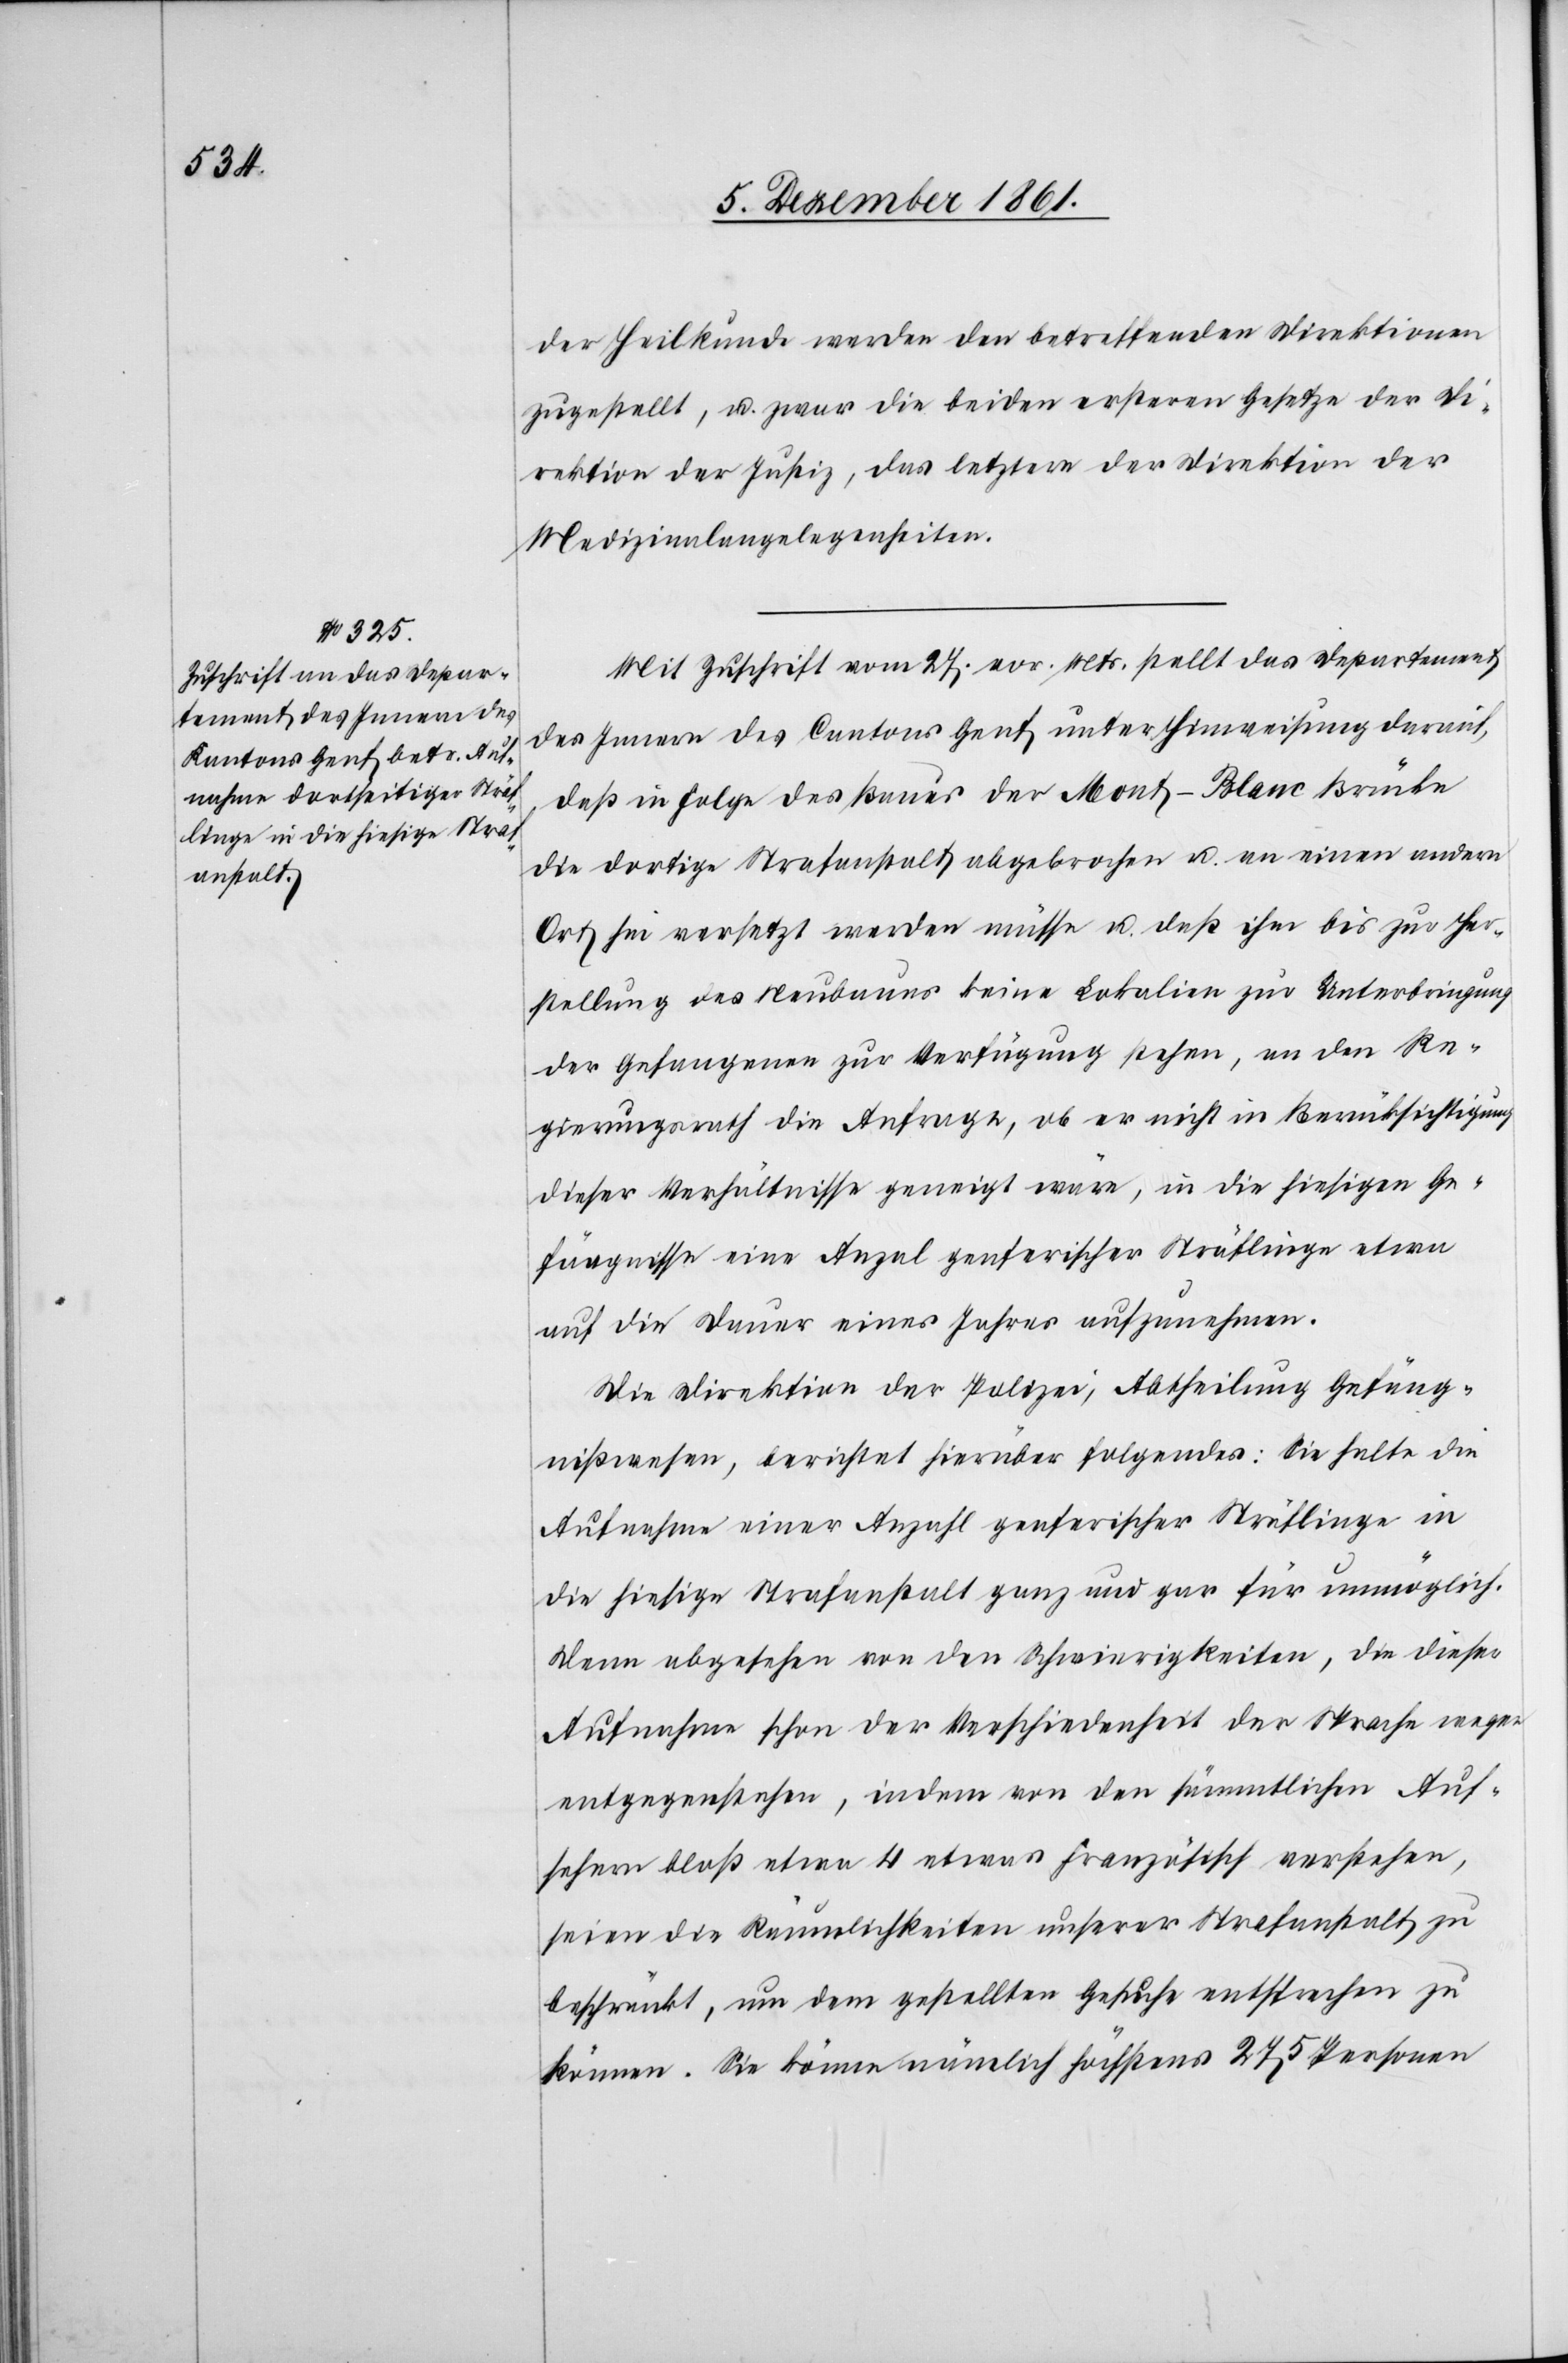
der Heilkunde werden betreffenden Direktionen
zugestellt, u. zwar die beiden ersteren Gesetze der Di¬
rektion der Justiz, das letztere der Direktion der
Medizinalangelegenheiten.
Mit Zuschrift vom 27 vor. Mts. stellt das Departement
des Innern des Cantons Genf unter Hinweisung darauf,
daß in Folge des Baues der Mont-Blanc Brücke
die dortige Strafanstalt abgebrochen u. an einen andern
Ort hin versetzt werden müsse u. daß ihm bis zur Her¬
stellung des Neubaues keine Lokalien zur Unterbringung
der Gefangenen zur Verfügung stehen, an den Re¬
gierungsrath die Anfrage, ob er nicht in Berücksichtigung
dieser Verhältnisse geneigt wäre, in die hiesigen Ge¬
fängnisse eine Anzal genferischer Sträflinge etwa
auf die Dauer eines Jahres aufzunehmen.
Die Direktion der Polizei, Abtheilung Gefäng¬
nißwesen, berichtet hierüber folgendes: Sie halte die
Aufnahme einer Anzahl genferischer Sträflinge in
die hiesige Strafanstalt ganz und gar für unmöglich.
Denn abgesehen von den Schwierigkeiten, die dieser
Aufnahme schon der Verschiedenheit der Sprache wegen
entgegenstehen, indem von den sämmtlichen Auf¬
sehern bloß etwa 4 etwas französisch verstehen,
seien die Räumlichkeiten unserer Strafanstalt zu
beschränkt, um dem gestellten Gesuche entsprechen zu
können. Sie können nämlich höchstens 275 Personen